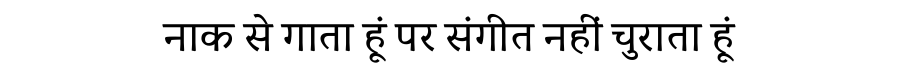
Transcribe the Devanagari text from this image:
नाक से गाता हूं पर संगीत नहीं चुराता हूं